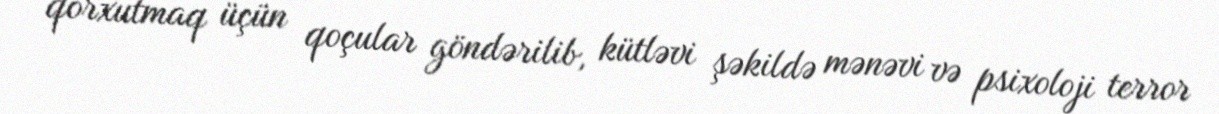
qorxutmaq üçün qoçular göndərilib, kütləvi şəkildə mənəvi və psixoloji terror